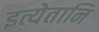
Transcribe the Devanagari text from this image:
इत्येतानि